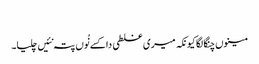
‏
مینوں چنگا لگا کیونکہ میری غلطی دا کسے نُوں پتہ نئیں چلیا۔